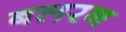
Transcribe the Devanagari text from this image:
बलरन